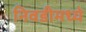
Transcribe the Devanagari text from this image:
निवडीमध्ये